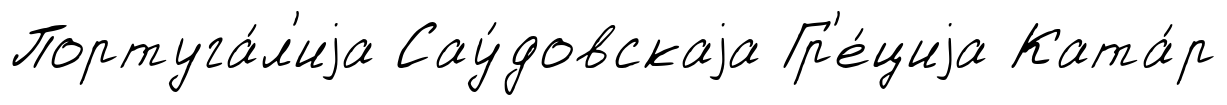
Португа́л'иjа Сау́довскаjа Гр'е́циjа Ката́р